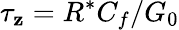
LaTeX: \tau_{\mathbf{z}}=R^{*}C_{f}/G_{0}